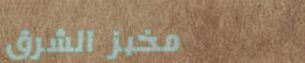
مخبز الشرق